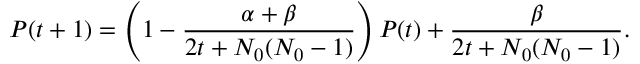
P ( t + 1 ) = \left( 1 - \frac { \alpha + \beta } { 2 t + N _ { 0 } ( N _ { 0 } - 1 ) } \right) P ( t ) + \frac { \beta } { 2 t + N _ { 0 } ( N _ { 0 } - 1 ) } .